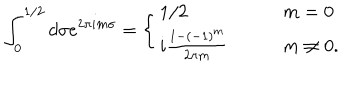
\int _ { 0 } ^ { 1 / 2 } d \sigma e ^ { 2 \pi i m \sigma } = \left\{ \begin{array} { l l } { { 1 / 2 \qquad } } & { { m = 0 } } \\ { { i \frac { 1 - ( - 1 ) ^ { m } } { 2 \pi m } \qquad } } & { { m \neq 0 . } } \\ \end{array} \right.